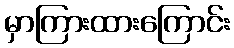
မှာကြားထားကြောင်း